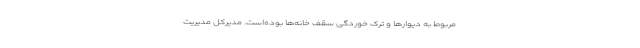
مربوط به دیوارها و ترک خوردگی سقف خانه‌ها بوده‌است. مدیرکل مدیریت